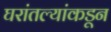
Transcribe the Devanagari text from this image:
घरांतल्यांकडून